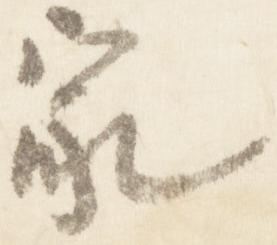
家